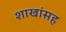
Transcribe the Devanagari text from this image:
शाखांसह